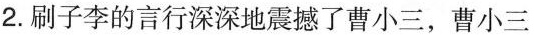
2.刷子李的言行深深地震撼了曹小三，曹小三